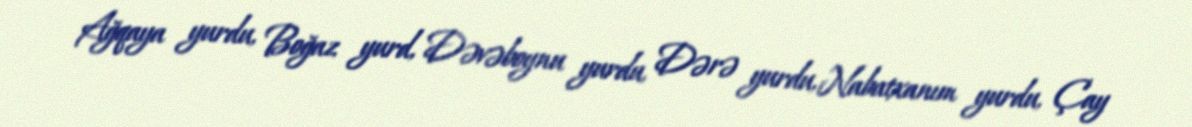
Ağqaya yurdu, Boğaz yurd, Dəvəboynu yurdu, Dərə yurdu, Nabatxanım yurdu, Çay